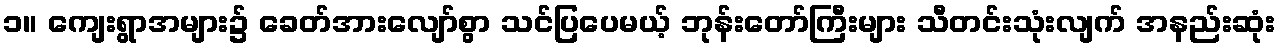
၁။ ကျေးရွာအများ၌ ခေတ်အားလျော်စွာ သင်ပြပေမယ့် ဘုန်းတော်ကြီးများ သီတင်းသုံးလျက် အနည်းဆုံး